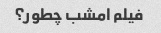
فیلم امشب چطور؟